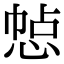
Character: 㥈